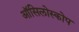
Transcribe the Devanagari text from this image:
ऑसिलोस्कोप